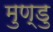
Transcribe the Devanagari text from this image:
मुण्डु